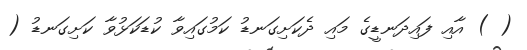
( ) އާއި ފައިދަނޑީގެ މައި ދެކަށިގަނޑު ކަމުގައިވާ ކުޑަކަޅުވާ ކަށިގަނޑު (